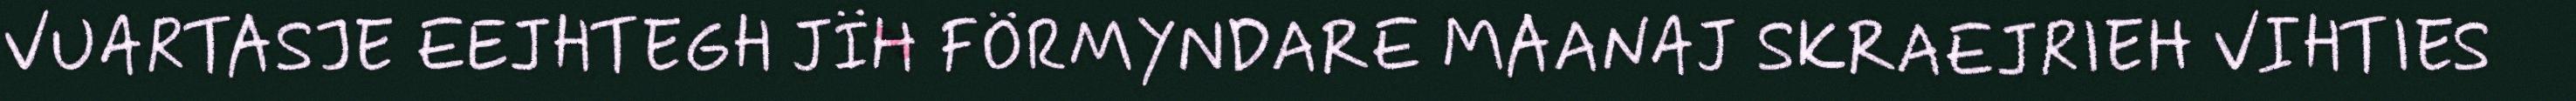
VUARTASJE EEJHTEGH JÏH FÖRMYNDARE MAANAJ SKRAEJRIEH VIHTIES